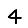
Digit: 4